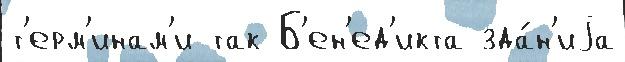
т'ерм'инам'и так Б'ен'ед'икта зда́н'иjа